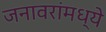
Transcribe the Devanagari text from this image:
जनावरांमध्ये